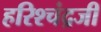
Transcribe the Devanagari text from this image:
हरिश्चंद्रजी